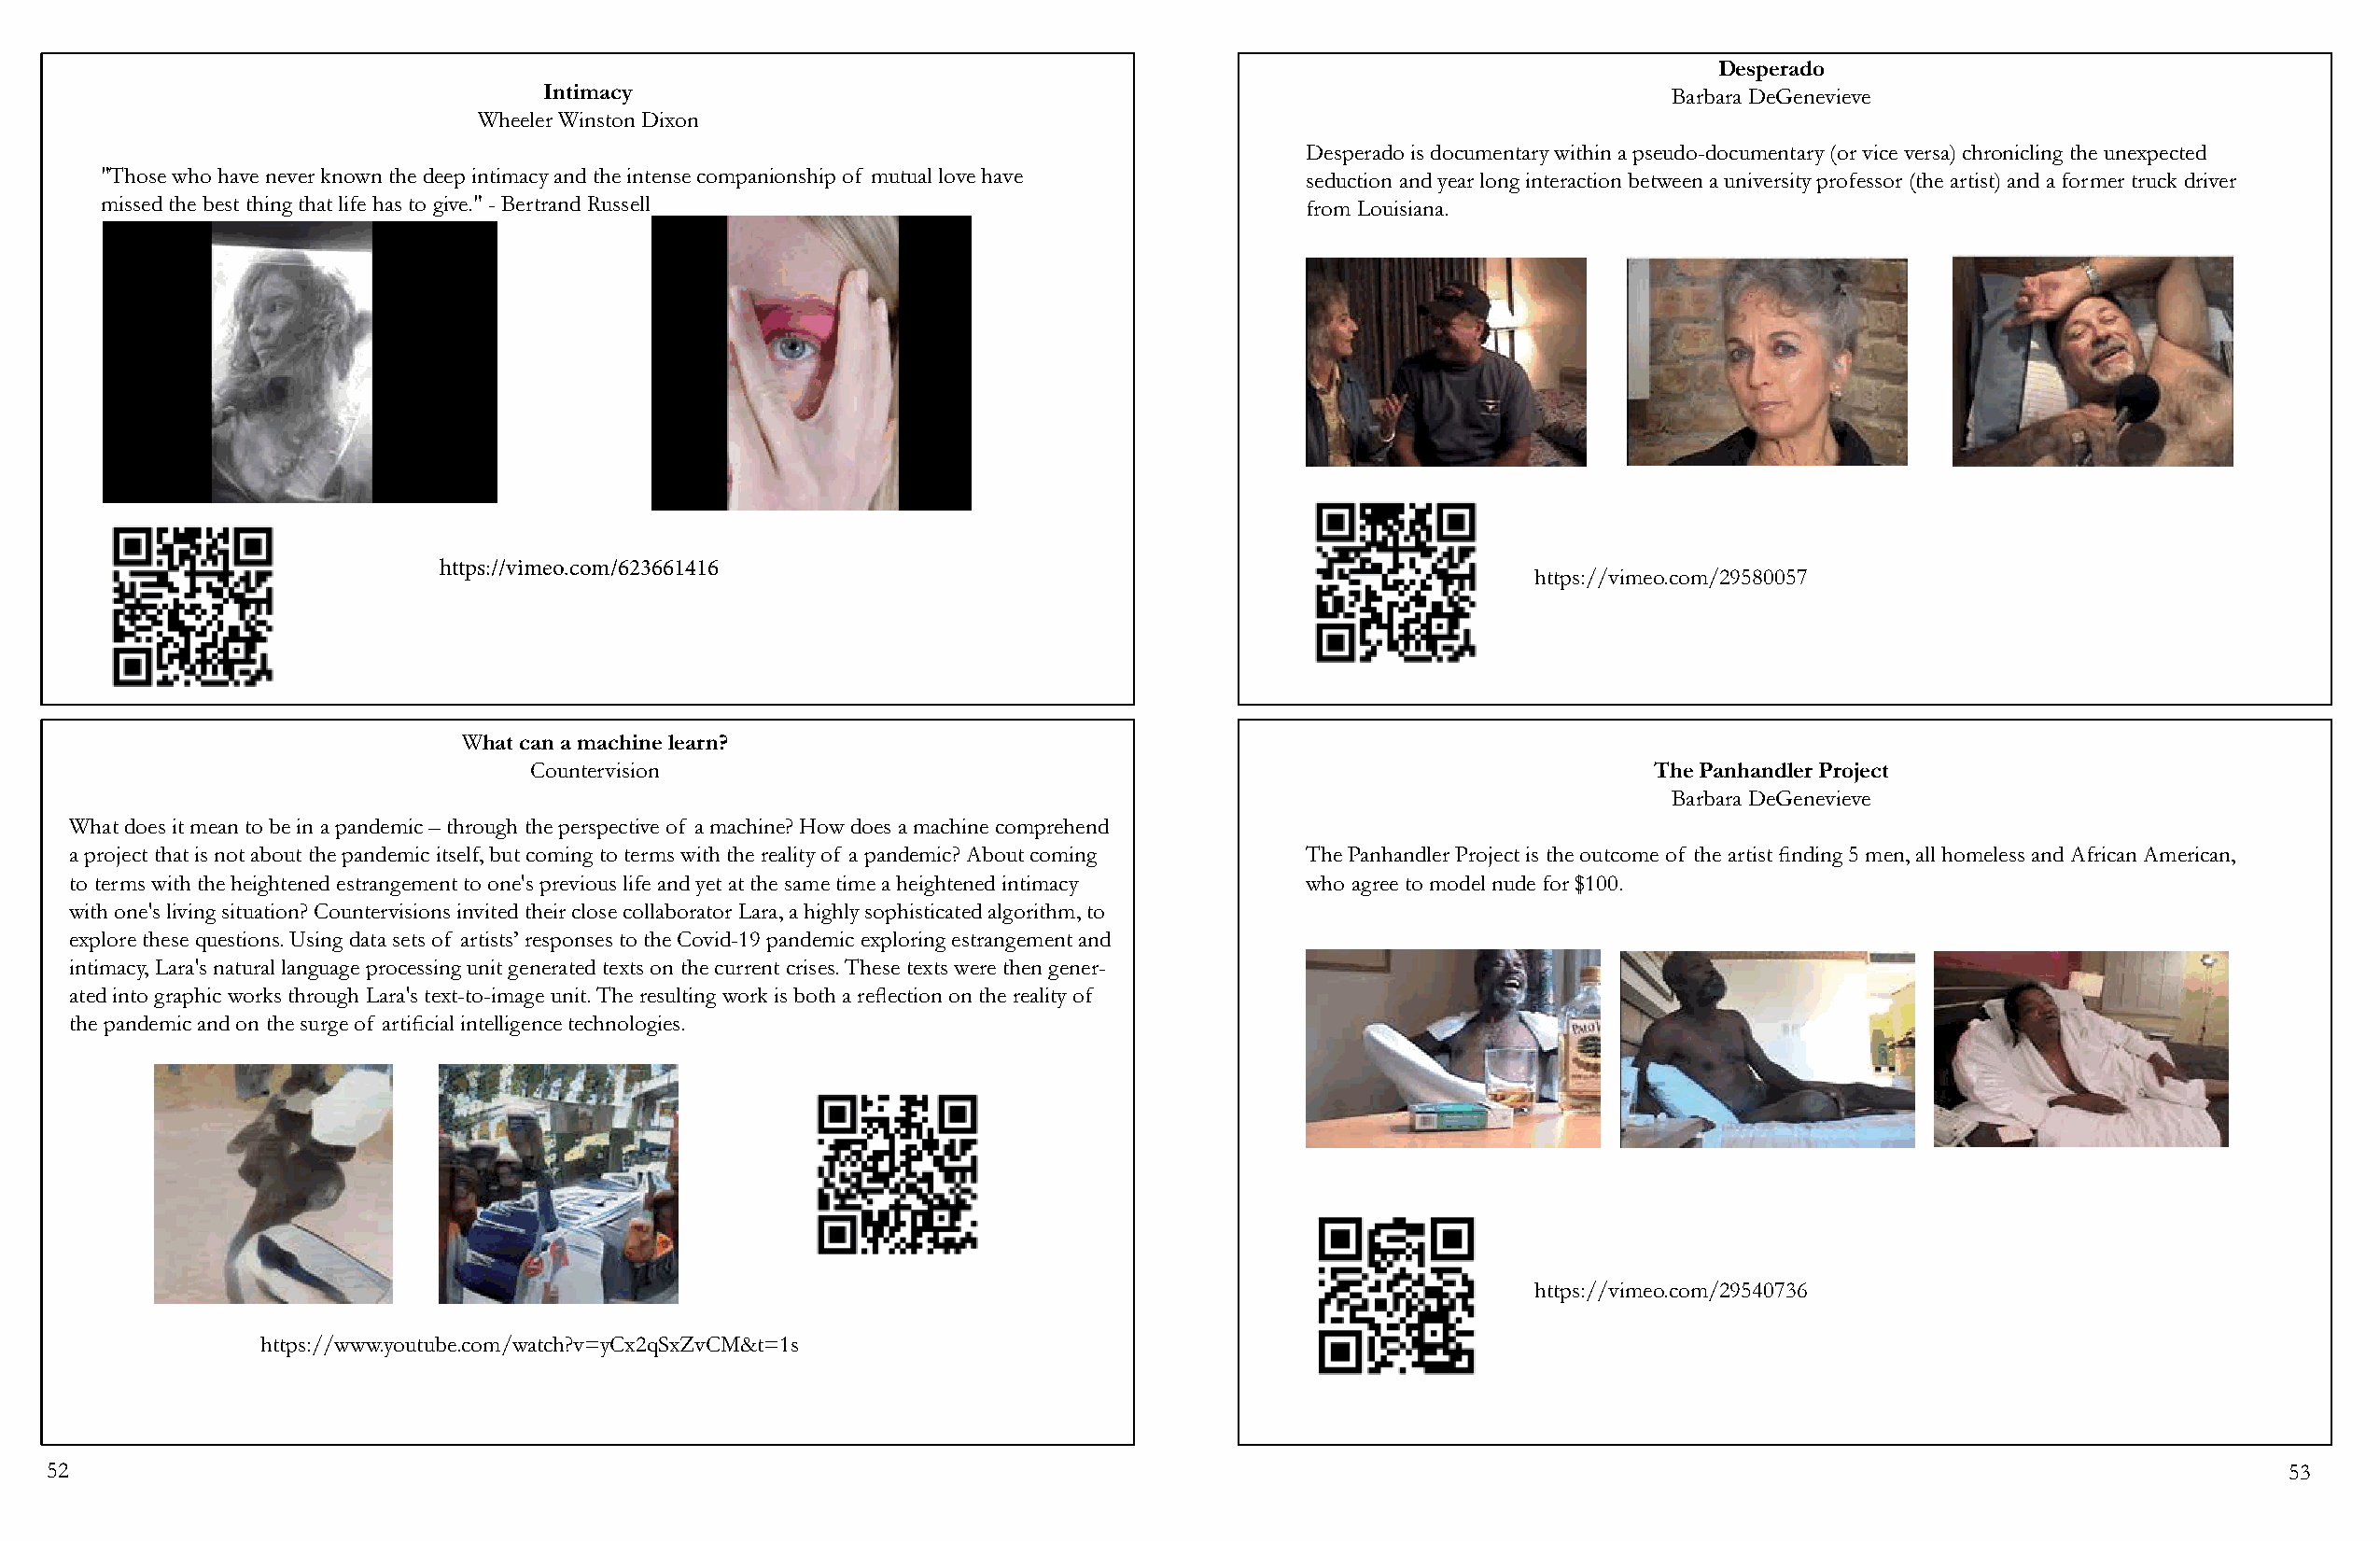
Desperado
 Intimacy                                                                        Barbara DeGenevieve
 Wheeler Winston Dixon
 Desperado is documentary within a pseudo-documentary (or vice versa) chronicling the unexpected
 "Those who have never known the deep intimacy and the intense companionship of mutual love have seduction and year long interaction between a university professor (the artist) and a former truck driver
 missed the best thing that life has to give." - Bertrand Russell                      from Louisiana.
 https://vimeo.com/623661416
 https://vimeo.com/29580057
 What can a machine learn?
 Countervision                                                                  The Panhandler Project
 Barbara DeGenevieve
 What does it mean to be in a pandemic – through the perspective of a machine? How does a machine comprehend
 a project that is not about the pandemic itself, but coming to terms with the reality of a pandemic? About coming The Panhandler Project is the outcome of the artist finding 5 men, all homeless and African American,
 to terms with the heightened estrangement to one's previous life and yet at the same time a heightened intimacy who agree to model nude for $100.
 with one's living situation? Countervisions invited their close collaborator Lara, a highly sophisticated algorithm, to
 explore these questions. Using data sets of artists’ responses to the Covid-19 pandemic exploring estrangement and
 intimacy, Lara's natural language processing unit generated texts on the current crises. These texts were then gener-
 ated into graphic works through Lara's text-to-image unit. The resulting work is both a reflection on the reality of
 the pandemic and on the surge of artificial intelligence technologies.
 https://vimeo.com/29540736
 https://www.youtube.com/watch?v=yCx2qSxZvCM&t=1s
 52                                                                                                                                                             53